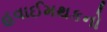
હવાઈમથકનો